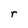
Character: r